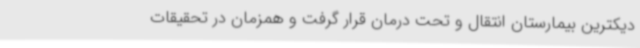
دیکترین بیمارستان انتقال و تحت درمان قرار گرفت و همزمان در تحقیقات